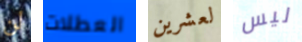
لن العطلات لعشرين ليس